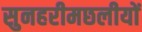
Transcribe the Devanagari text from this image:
सुनहरीमछलीयों